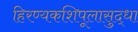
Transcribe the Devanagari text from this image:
हिरण्यकशिपूलासुद्धा